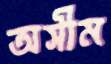
অসীম